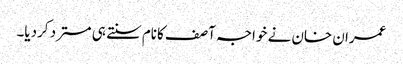
عمران خان نے خواجہ آصف کانام سنتے ہی مسترد کردیا۔